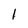
Character: I